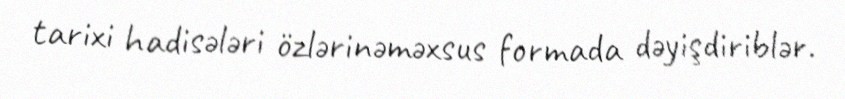
tarixi hadisələri özlərinəməxsus formada dəyişdiriblər.